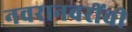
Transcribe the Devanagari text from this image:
नवरानवरींची